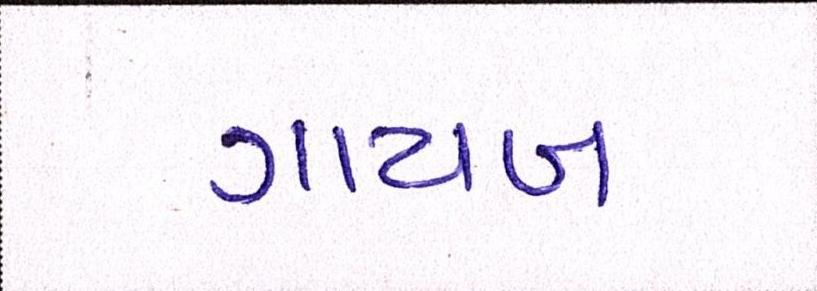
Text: ગાયબ